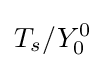
T_{s}/Y_{0}^{0}